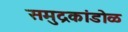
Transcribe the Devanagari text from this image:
समुद्रकांडोळ